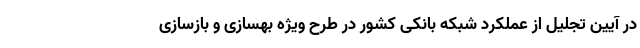
در آیین تجلیل از عملکرد شبکه بانکی کشور در طرح ویژه بهسازی و بازسازی